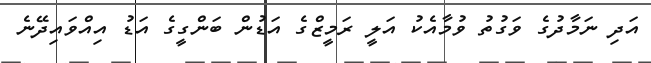
އަދި ނަމާދުގެ ވަގުތު ވުމާއެކު އަލީ ރަމީޒްގެ އަޑުން ބަންގީގެ އަޑު އިއްވައިދޭނެ